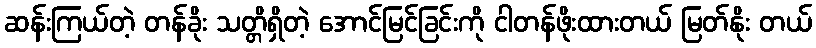
ဆန်းကြယ်တဲ့ တန်ခိုး သတ္တိရှိတဲ့ အောင်မြင်ခြင်းကို ငါတန်ဖိုးထားတယ် မြတ်နိုး တယ်